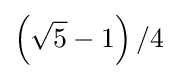
\left({\sqrt {5}}-1\right)/4